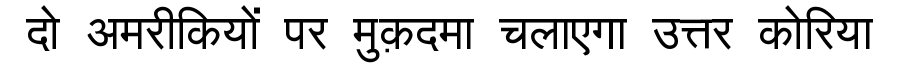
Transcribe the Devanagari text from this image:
दो अमरीकियों पर मुक़दमा चलाएगा उत्तर कोरिया